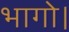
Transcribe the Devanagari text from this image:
भागो।